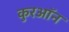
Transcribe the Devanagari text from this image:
कुरऑन